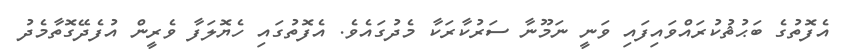
އެފޮތުގެ ބަޙުޘުކުރައްވައިފައި ވަނީ ނަމޫނާ ސަރުކާރަކާ މެދުގައެވެ. އެފޮތުގައި ހެޔޮލަފާ ވެރީން އުފެދޭގޮތާމެދު